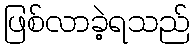
ဖြစ်လာခဲ့ရသည်